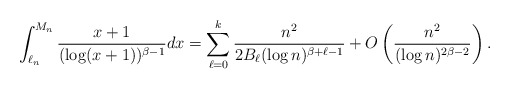
\begin{align*} \int_{\ell_n}^{M_n} \frac{x+1}{(\log(x+1))^{\beta-1}}dx=\sum_{\ell=0}^k\frac{n^2}{2B_\ell(\log n)^{\beta+\ell-1}} +O\left(\frac{n^2}{(\log n)^{2\beta-2}}\right).\end{align*}